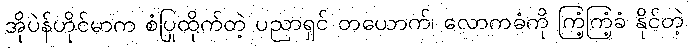
အိုပဲန်ဟိုင်မာက စံပြုထိုက်တဲ့ ပညာရှင် တယောက်၊ လောကဓံကို ကြံ့ကြံ့ခံ နိုင်တဲ့